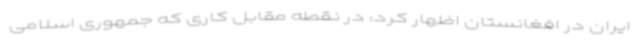
ایران در افغانستان اظهار کرد: در نقطه مقابل کاری که جمهوری اسلامی